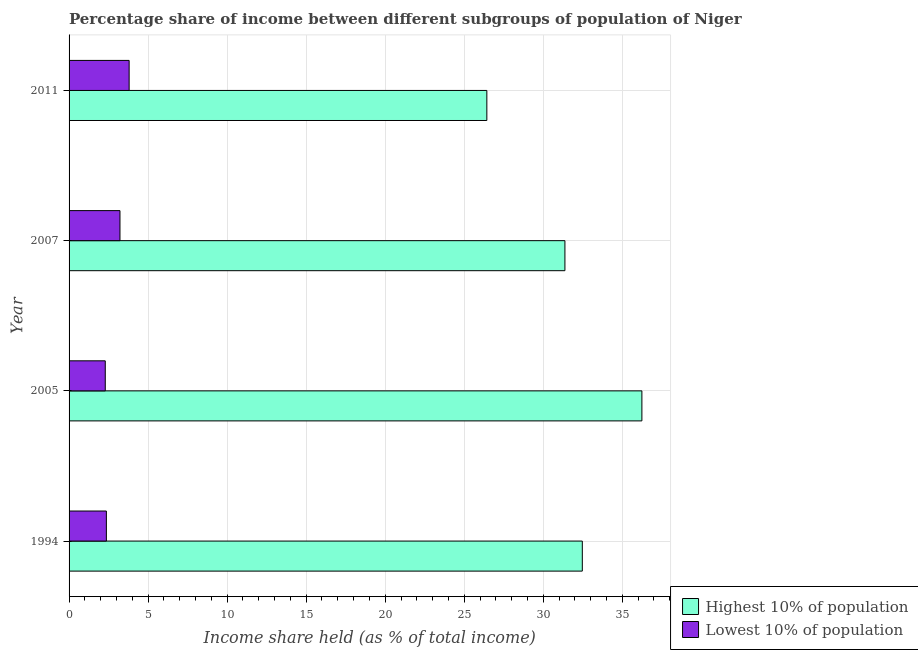
| Year | Highest 10% of population | Lowest 10% of population |
 | --- | --- | --- |
 | 1994 | 32.5 | 2.36 |
 | 2005 | 36.2 | 2.29 |
 | 2007 | 31.4 | 3.22 |
 | 2011 | 26.4 | 3.8 |